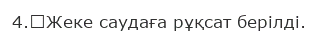
4.	Жеке саудаға рұқсат берілді.